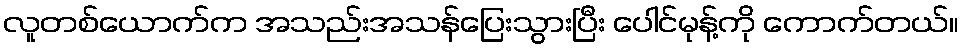
လူတစ်ယောက်က အသည်းအသန်ပြေးသွားပြီး ပေါင်မုန့်ကို ကောက်တယ်။